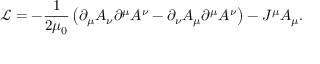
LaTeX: { \mathcal { L } } = - { \frac { 1 } { 2 \mu _ { 0 } } } \left( \partial _ { \mu } A _ { \nu } \partial ^ { \mu } A ^ { \nu } - \partial _ { \nu } A _ { \mu } \partial ^ { \mu } A ^ { \nu } \right) - J ^ { \mu } A _ { \mu } .